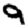
Digit: 9